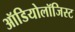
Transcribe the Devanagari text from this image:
ऑडियोलॉजिस्ट